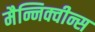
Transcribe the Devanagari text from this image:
मैन्निक्वीन्स